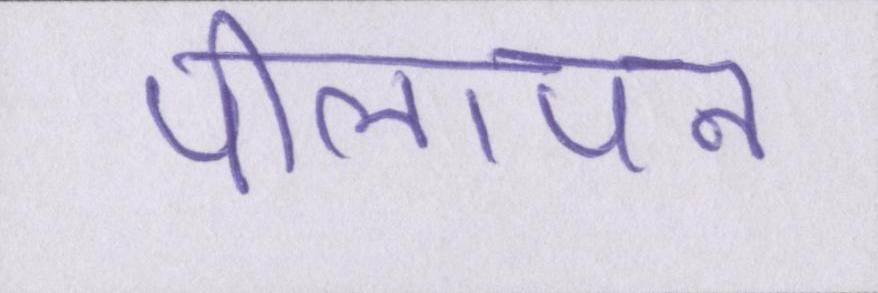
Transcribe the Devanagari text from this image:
पीलापन